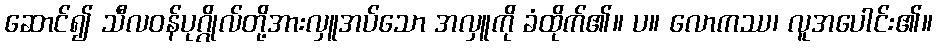
ဆောင်၍ သီလဝန်ပုဂ္ဂိုလ်တို့အားလှူအပ်သော အလှူကို ခံထိုက်၏။ ပ။ လောကဿ၊ လူအပေါင်း၏။